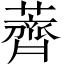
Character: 薺